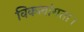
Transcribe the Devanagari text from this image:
विकलांगता।